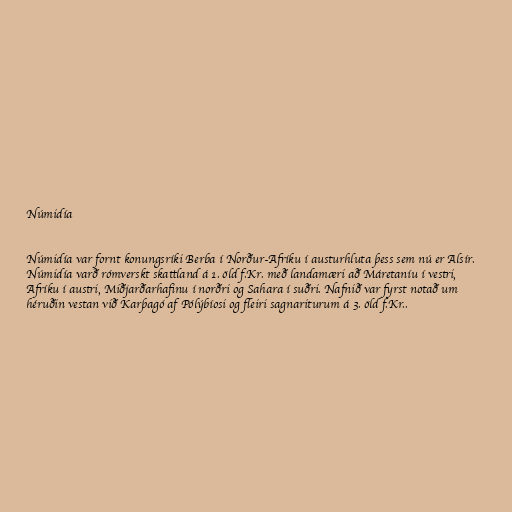
Númidía

Númidía var fornt konungsríki Berba í Norður-Afríku í austurhluta þess sem nú er Alsír.
Númidía varð rómverskt skattland á 1. öld f.Kr. með landamæri að Máretaníu í vestri,
Afríku í austri, Miðjarðarhafinu í norðri og Sahara í suðri. Nafnið var fyrst notað um
héruðin vestan við Karþagó af Pólýbíosi og fleiri sagnariturum á 3. öld f.Kr..